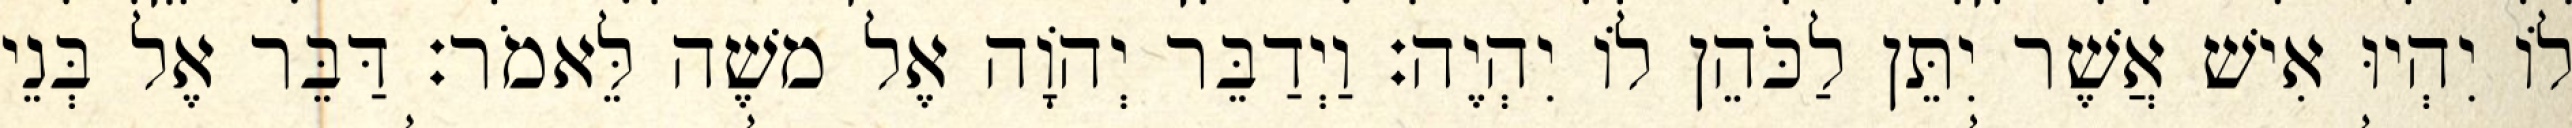
לוֹ יִהְיוּ אִישׁ אֲשֶׁר יִתֵּן לַכֹּהֵן לוֹ יִהְיֶה׃ וַיְדַבֵּר יְהוָֹה אֶל משֶׁה לֵּאמֹר׃ דַּבֵּר אֶל בְּנֵי